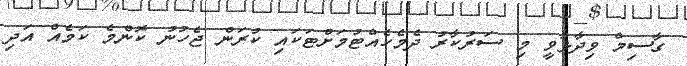
ގާސިމް ވިދާޅުވީ މި ސަރުކާރު ދެމެހެއްޓުމަށްޓަކައި ކުރަން ޖެހުނު ކޮންމެ ކަމެއް އަދި